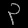
Digit: ၃